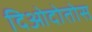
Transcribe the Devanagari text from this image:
दिओदोतोस